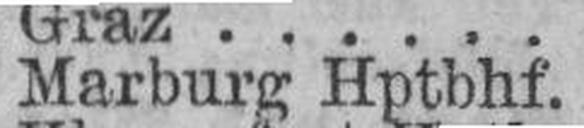
Marburg Hptbhf.